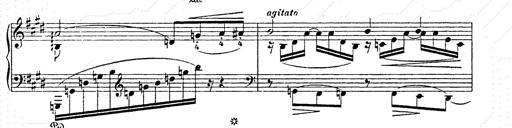
Title: AnnÃ©es de pÃ¨lerinage II
Composer: Franz Liszt